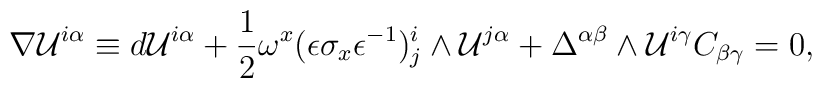
\nabla {\cal U}^{i\alpha}\equiv d{\cal U}^{i\alpha} +{1\over 2}\omega^x(\epsilon\sigma_x\epsilon^{-1})^i_j\wedge{\cal U}^{j\alpha} +\Delta^{\alpha\beta}\wedge {\cal U}^{i\gamma}C_{\beta\gamma} =0,